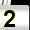
Digit: 2